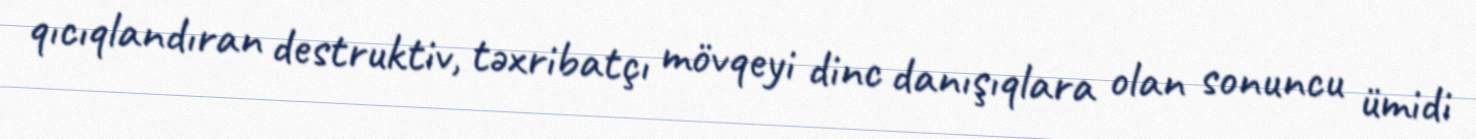
qıcıqlandıran destruktiv, təxribatçı mövqeyi dinc danışıqlara olan sonuncu ümidi